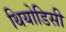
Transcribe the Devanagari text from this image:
थियोडिसी